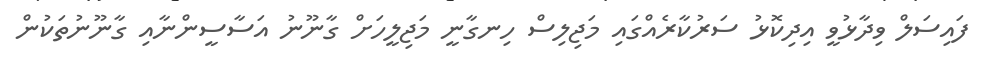
ފައިސަލް ވިދާޅުވީ އިދިކޮޅު ސަރުކާރެއްގައި މަޖިލިސް ހިނގާނީ މަޖިލީހަށް ގާނޫނު އަސާސީންނާއި ގާނޫނުތަކުން